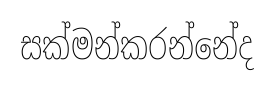
සක්මන්කරන්නේද